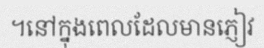
។នៅក្នុងពេលដែលមានភ្ញៀវ